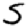
Digit: 5